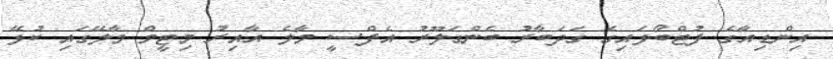
އިންޑިއާގެ ފުޓްބޯޅައިގެ ގަދަބާރު ބެންގަލޫރު އެފްސީ މާލެ އާއިރު މިޓީމް މާލޭގައި ކުޅޭ